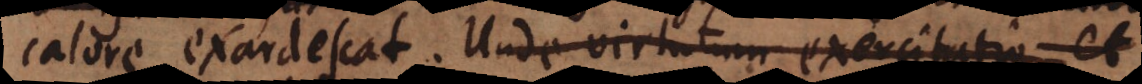
calore exardescat. Unde virtutum exercitatio et